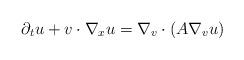
LaTeX: \begin{align*} \partial_t u + v \cdot \nabla_x u = \nabla_v \cdot (A \nabla_v u)\end{align*}